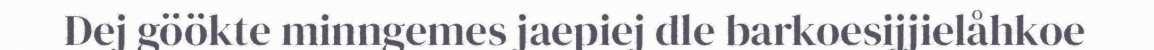
Dej göökte minngemes jaepiej dle barkoesijjielåhkoe